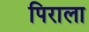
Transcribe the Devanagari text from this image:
पिराला